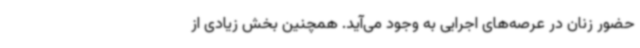
حضور زنان در عرصه‌های اجرایی به وجود می‌آید. همچنین بخش زیادی از